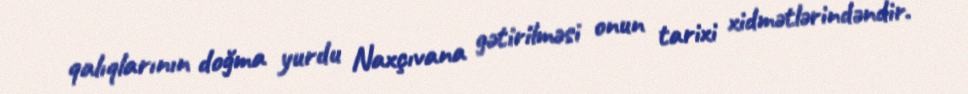
qalıqlarının doğma yurdu Naxçıvana gətirilməsi onun tarixi xidmətlərindəndir.